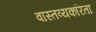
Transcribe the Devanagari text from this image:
वास्तव्यकरिता